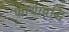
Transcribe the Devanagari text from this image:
कायावृद्धि